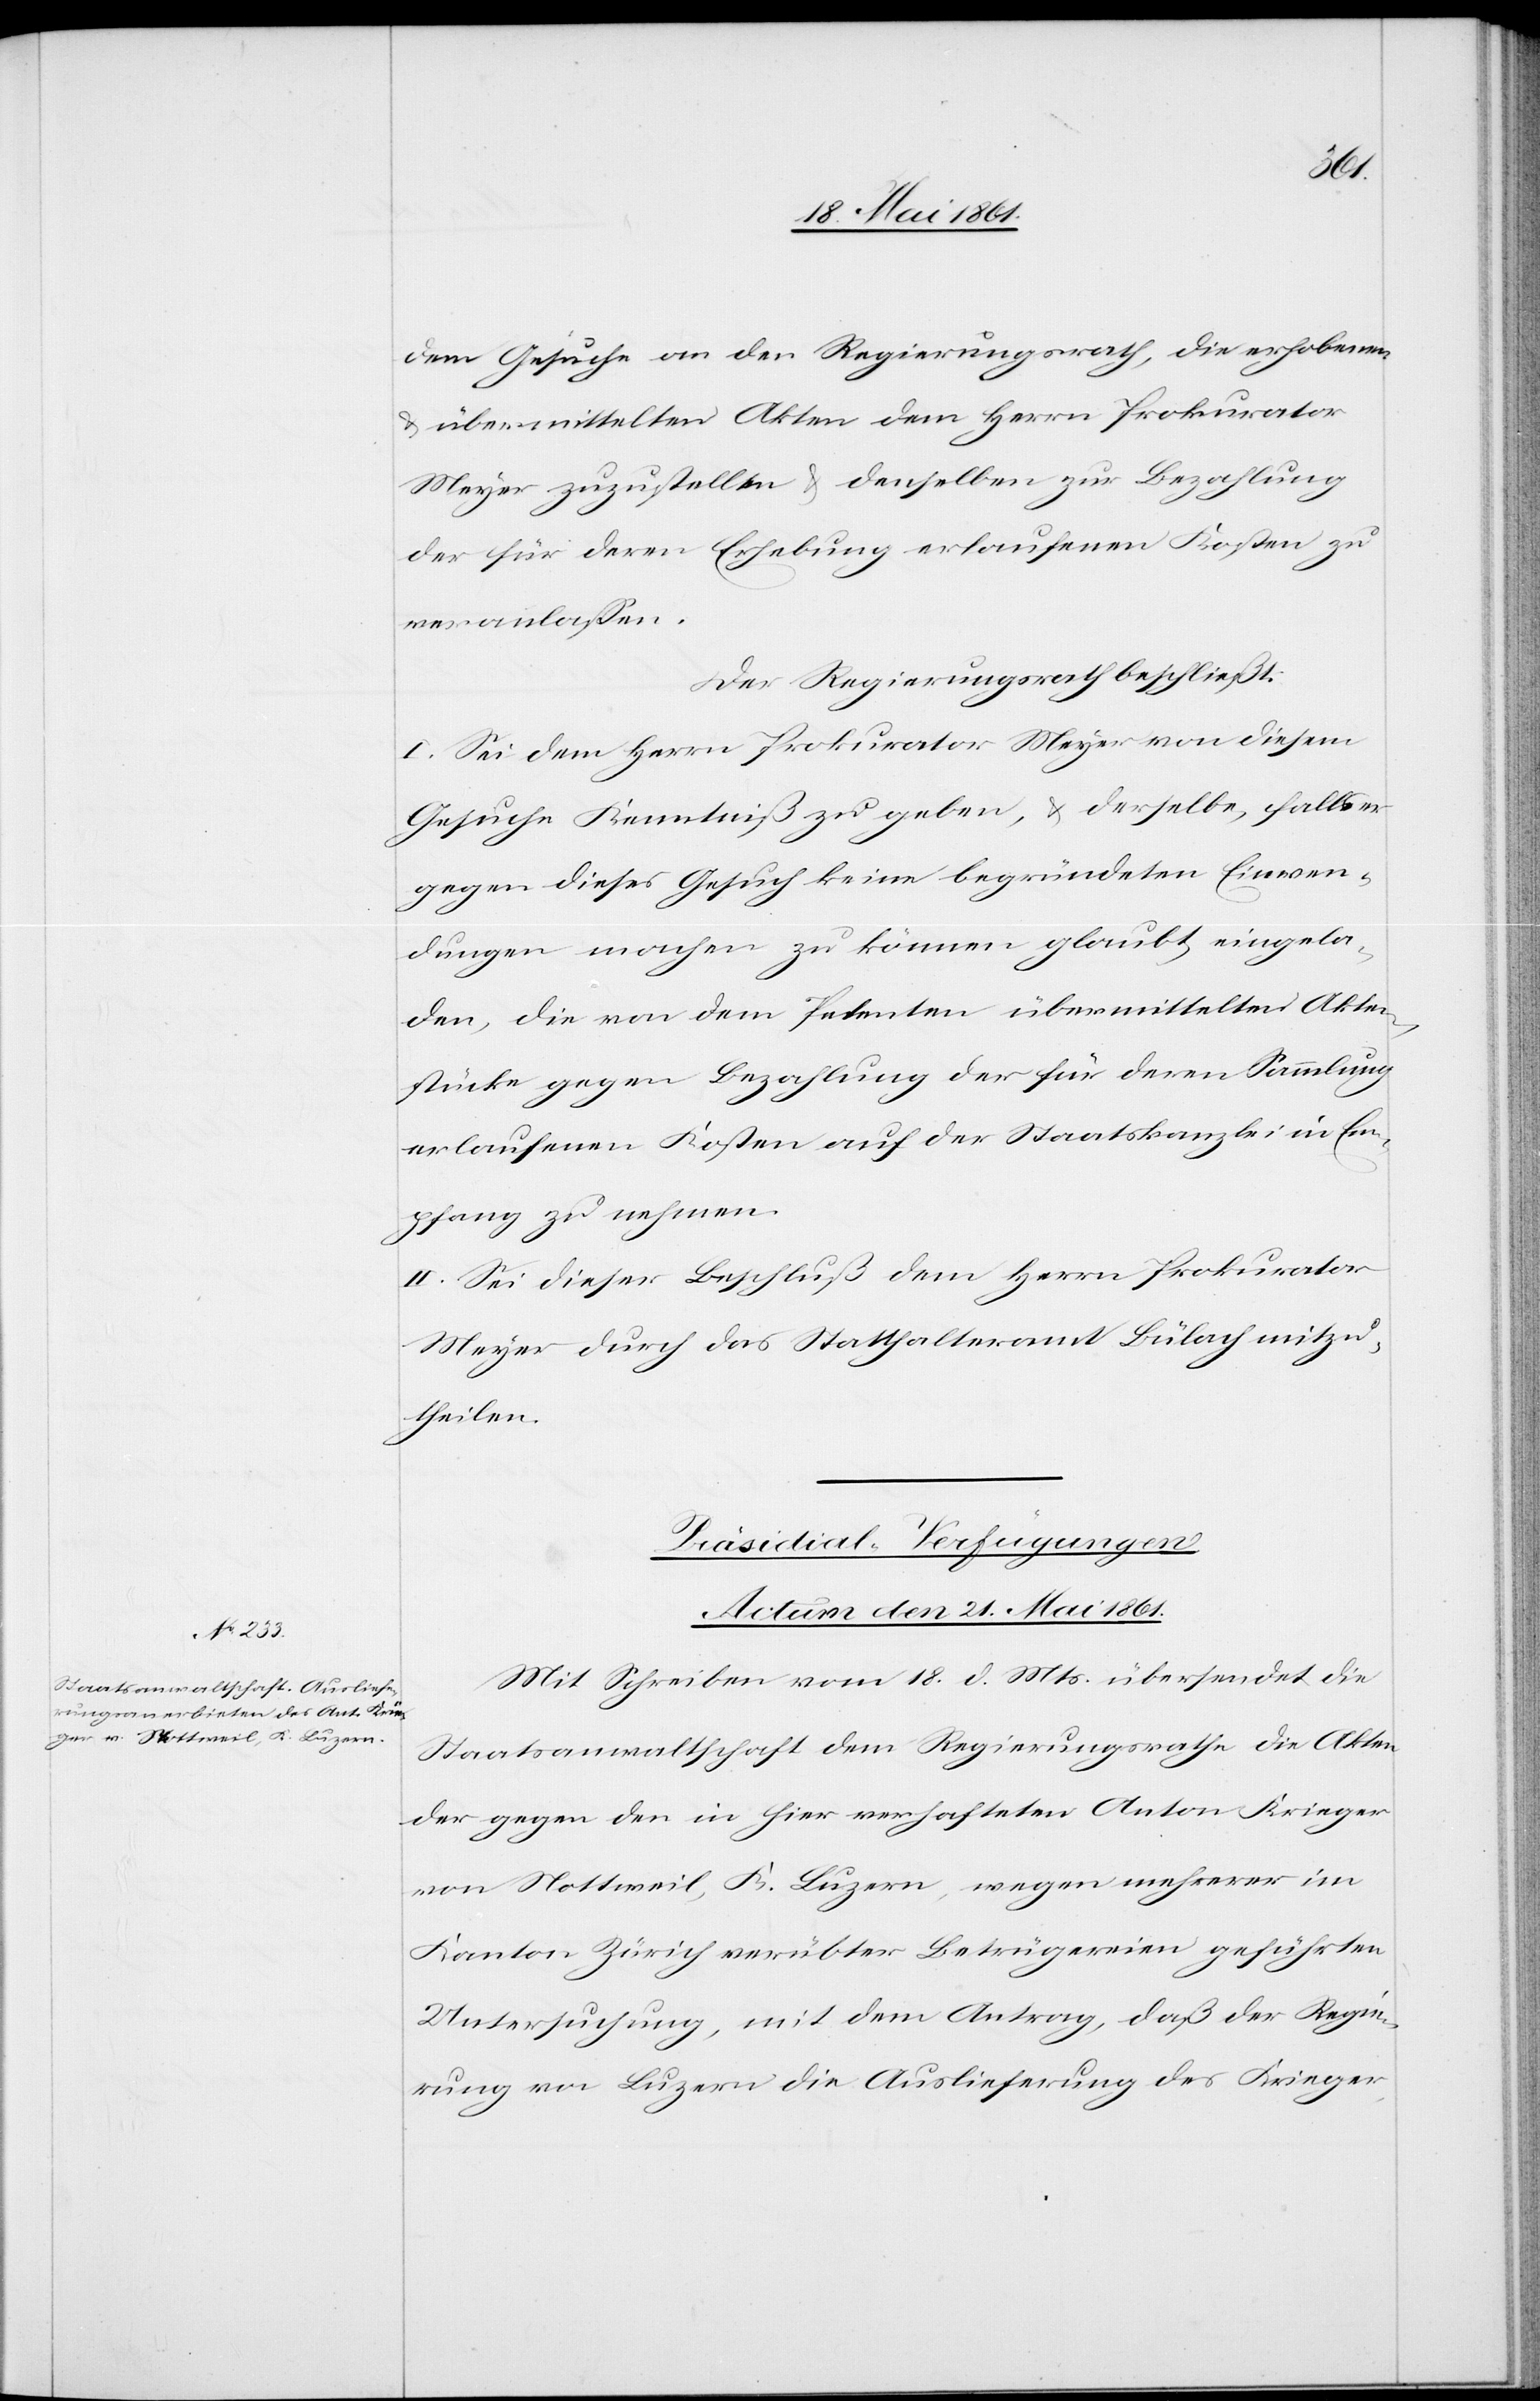
dem Gesuche an den Regierungsrath, die erhobenen
u. übermittelten Akten dem Herrn Prokurator
Meyer zuzustellen u. denselben zur Bezahlung
der für deren Erhebung erlaufenen Kosten zu
veranlassen.
Der Regierungsrath beschließt:
I. Sei dem Herrn Prokurator Meyer von diesem
Gesuche Kenntniß zu geben, u. derselbe, falls er
gegen dieses Gesuch keine begründeten Einwen¬
dungen machen zu können glaubt, eingela¬
den, die von dem Petenten übermittelten Akten¬
stücke gegen Bezahlung der für deren Sammlung
erlaufenen Kosten auf der Staatskanzlei in Em¬
pfang zu nehmen.
II. Sei dieser Beschluß dem Herrn Prokurator
Meyer durch das Statthalteramt Bülach mitzu¬
theilen.
Präsidial-Verfügungen.
Actum den 21. Mai 1861.
Mit Schreiben vom 18. d. Mts. übersendet die
Staatsanwaltschaft dem Regierungsrathe die Akten
der gegen den in hier verhafteten Anton Krieger
von Nottweil, K. Luzern, wegen mehrerer im
Kanton Zürich verübter Betrügereien geführten
Untersuchung, mit dem Antrag, daß der Regie¬
rungsrath von Luzern die Auslieferung des Krieger,